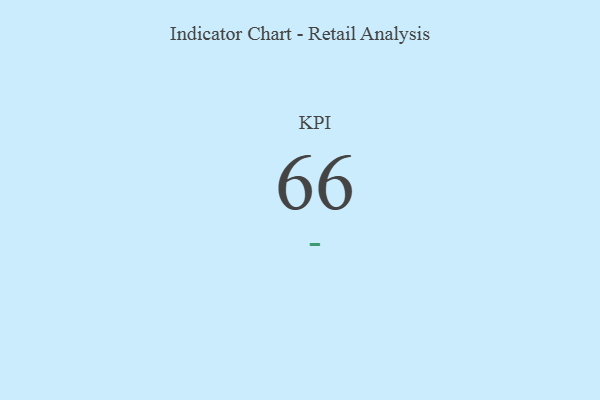
{"axis": {"x": "KPI", "y": "Value"}, "legend": [""], "data": [{"x": "KPI", "y": 66, "type": ""}]}